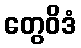
တွေဝိဒံ